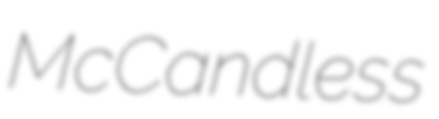
McCandless